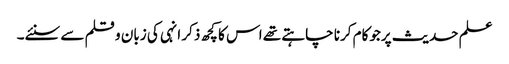
علم حدیث پرجوکام کرنا چاہتے تھے اس کا کچھ ذکر انہی کی زبان و قلم سے سنئے۔